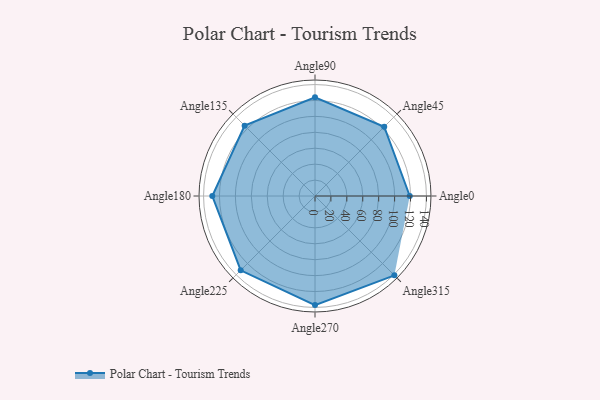
{"axis": {"x": "Angle", "y": "Radius"}, "legend": [""], "data": [{"x": "Angle0", "y": 119.0, "type": ""}, {"x": "Angle45", "y": 123.0, "type": ""}, {"x": "Angle90", "y": 124.0, "type": ""}, {"x": "Angle135", "y": 125.0, "type": ""}, {"x": "Angle180", "y": 129.0, "type": ""}, {"x": "Angle225", "y": 132.0, "type": ""}, {"x": "Angle270", "y": 137.0, "type": ""}, {"x": "Angle315", "y": 141.0, "type": ""}]}